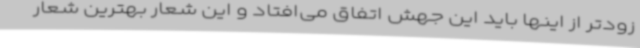
زودتر از اینها باید این جهش اتفاق می‌افتاد و این شعار بهترین شعار